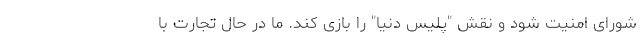
شورای امنیت شود و نقش "پلیس دنیا" را بازی کند. ما در حال تجارت با